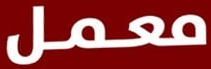
معمل